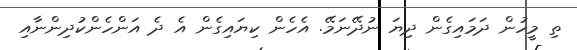
ތި މީހުން ދަމައިގެން ދިޔަ ނުދޭނަމޭ. އެހެން ކިޔައިގެން އެ ދެ އަންހެންކުދިންނާއި